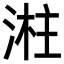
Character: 㴤